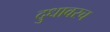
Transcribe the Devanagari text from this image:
दुधावरच